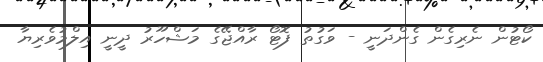
ކޯޓުން ނެރިގެން ގެންދަނީ - ވަގުތު ފޮޓޯ ރާއްޖޭގެ މަޝްހޫރު ދީނީ އިލްމުވެރިޔާ